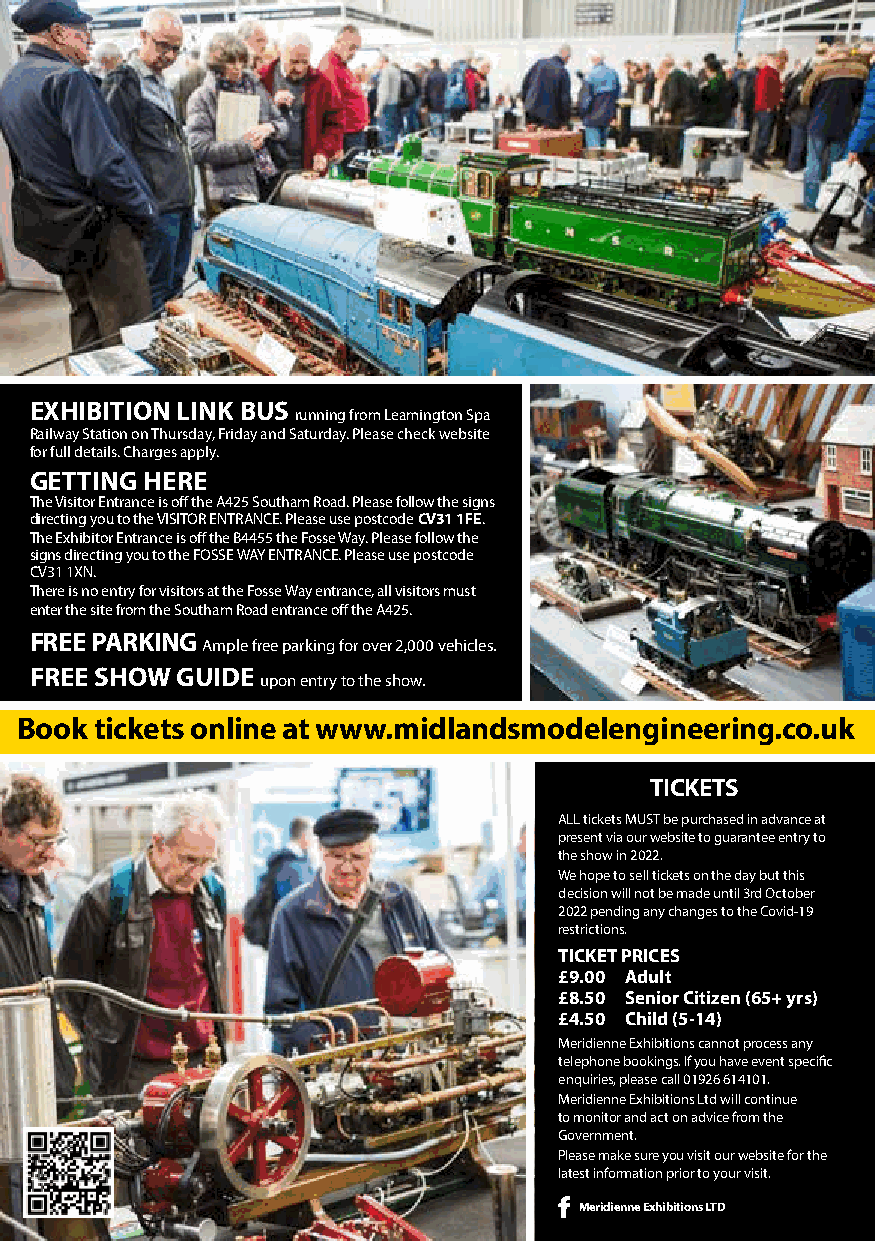
EXHIBITION LINK BUS
 running from Leamington Spa
 Railway Station on Thursday, Friday and Saturday. Please check website
 for full details. Charges apply.
 GETTING HERE
 The Visitor Entrance is off the A425 Southam Road. Please follow the signs
 directing you to the VISITOR ENTRANCE. Please use postcode CV31 1FE.
 The Exhibitor Entrance is off the B4455 the Fosse Way. Please follow the
 signs directing you to the FOSSE WAY ENTRANCE. Please use postcode
 CV31 1XN.
 There is no entry for visitors at the Fosse Way entrance, all visitors must
 enter the site from the Southam Road entrance off the A425.
 FREE PARKING
 Ample free parking for over 2,000 vehicles.
 FREE SHOW GUIDE
 upon entry to the show.
 Book tickets online at www.midlandsmodelengineering.co.uk
 TICKETS
 ALL tickets MUST be purchased in advance at
 present via our website to guarantee entry to
 the show in 2022.
 We hope to sell tickets on the day but this
 decision will not be made until 3rd October
 2022 pending any changes to the Covid-19
 restrictions.
 TICKET PRICES
 £9.00 Adult
 £8.50 Senior Citizen (65+ yrs)
 £4.50 Child (5-14)
 Meridienne Exhibitions cannot process any
 telephone bookings. If you have event specific
 enquiries, please call 01926 614101.
 Meridienne Exhibitions Ltd will continue
 to monitor and act on advice from the
 Government.
 Please make sure you visit our website for the
 latest information prior to your visit.
 Meridienne Exhibitions LTD